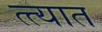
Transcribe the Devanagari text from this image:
त्त्यात